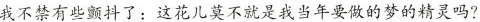
我不禁有些颤抖了：这花儿莫不就是我当年要做的梦的精灵吗？